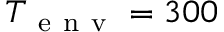
T _ { \mathrm { ~ e ~ n ~ v ~ } } = 3 0 0